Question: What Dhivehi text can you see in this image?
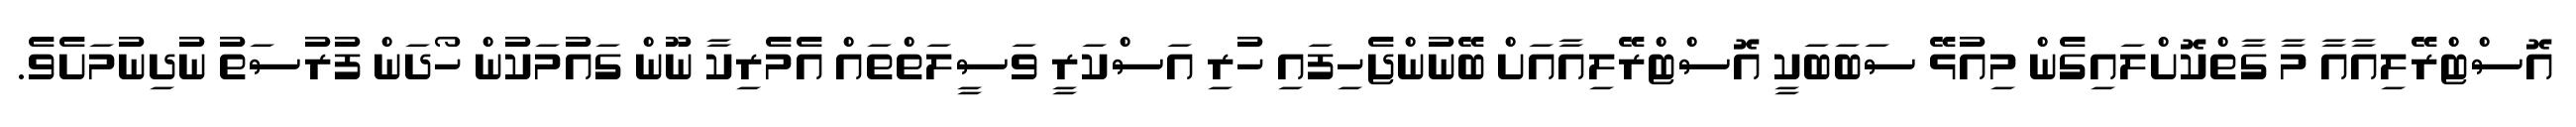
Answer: އޮސްޓްރޭލިއާއާ މާ ގާތްކޮށްލައިގެން މިއުޅޭ ސަބަބަކީ އޮސްޓްރޭލިއާއަށް ބޭނުންޖެހިފައި ހުރި އަސްކަރީ ވަސީލަތްތައް އެމެރިކާ ނޫން ގައުމަކުން ހޯދަން ފުރުސަތު ނުދިނުމަށެވެ.